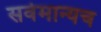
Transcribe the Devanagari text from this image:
सर्वमान्यच